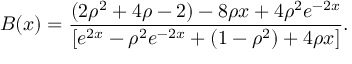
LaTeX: B ( x ) = \frac { ( 2 \rho ^ { 2 } + 4 \rho - 2 ) - 8 \rho x + 4 \rho ^ { 2 } e ^ { - 2 x } } { [ e ^ { 2 x } - \rho ^ { 2 } e ^ { - 2 x } + ( 1 - \rho ^ { 2 } ) + 4 \rho x ] } .